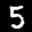
Label: 5